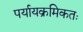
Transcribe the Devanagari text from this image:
पर्यायक्रमिकतः